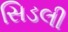
સિડલી